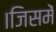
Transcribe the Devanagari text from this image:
।जिसमें